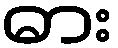
ဓား